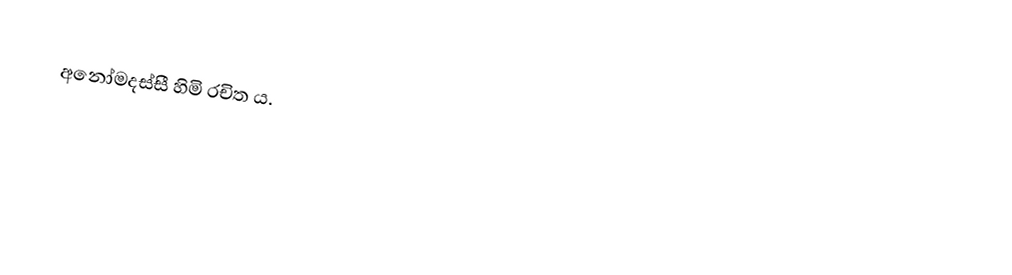
අනෝමදස්සී හිමි රචිත ය.